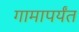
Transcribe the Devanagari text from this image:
गामापर्यंत